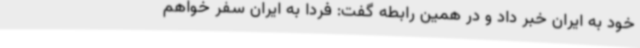
خود به ایران خبر داد و در همین رابطه گفت:‌ فردا به ایران سفر خواهم